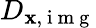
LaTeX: D_{\mathbf{x},\mathrm{{~i~m~g~}}}